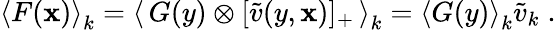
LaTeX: \left<F(\mathbf{x})\right>_{k}=\left<\, G(y)\otimes[\tilde{{v}}(y,\mathbf{x})]_{+}\, \right>_{k}=\left<G(y)\right>_{k}\tilde{{v}}_{k}\; .